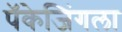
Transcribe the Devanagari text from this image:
पॅकेजिंगला